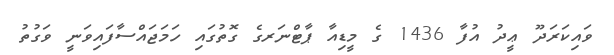
ވައިކަރަދޫ ޢީދު އުފާ 1436 ގެ މީޑިއާ ޕާޓްނަރގެ ގޮތުގައި ހަމަޖައްސާފައިވަނީ ވަގުތު